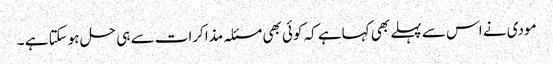
مودی نے اس سے پہلے بھی کہاہے کہ کوئی بھی مسئلہ مذاکرات سے ہی حل ہوسکتا ہے ۔